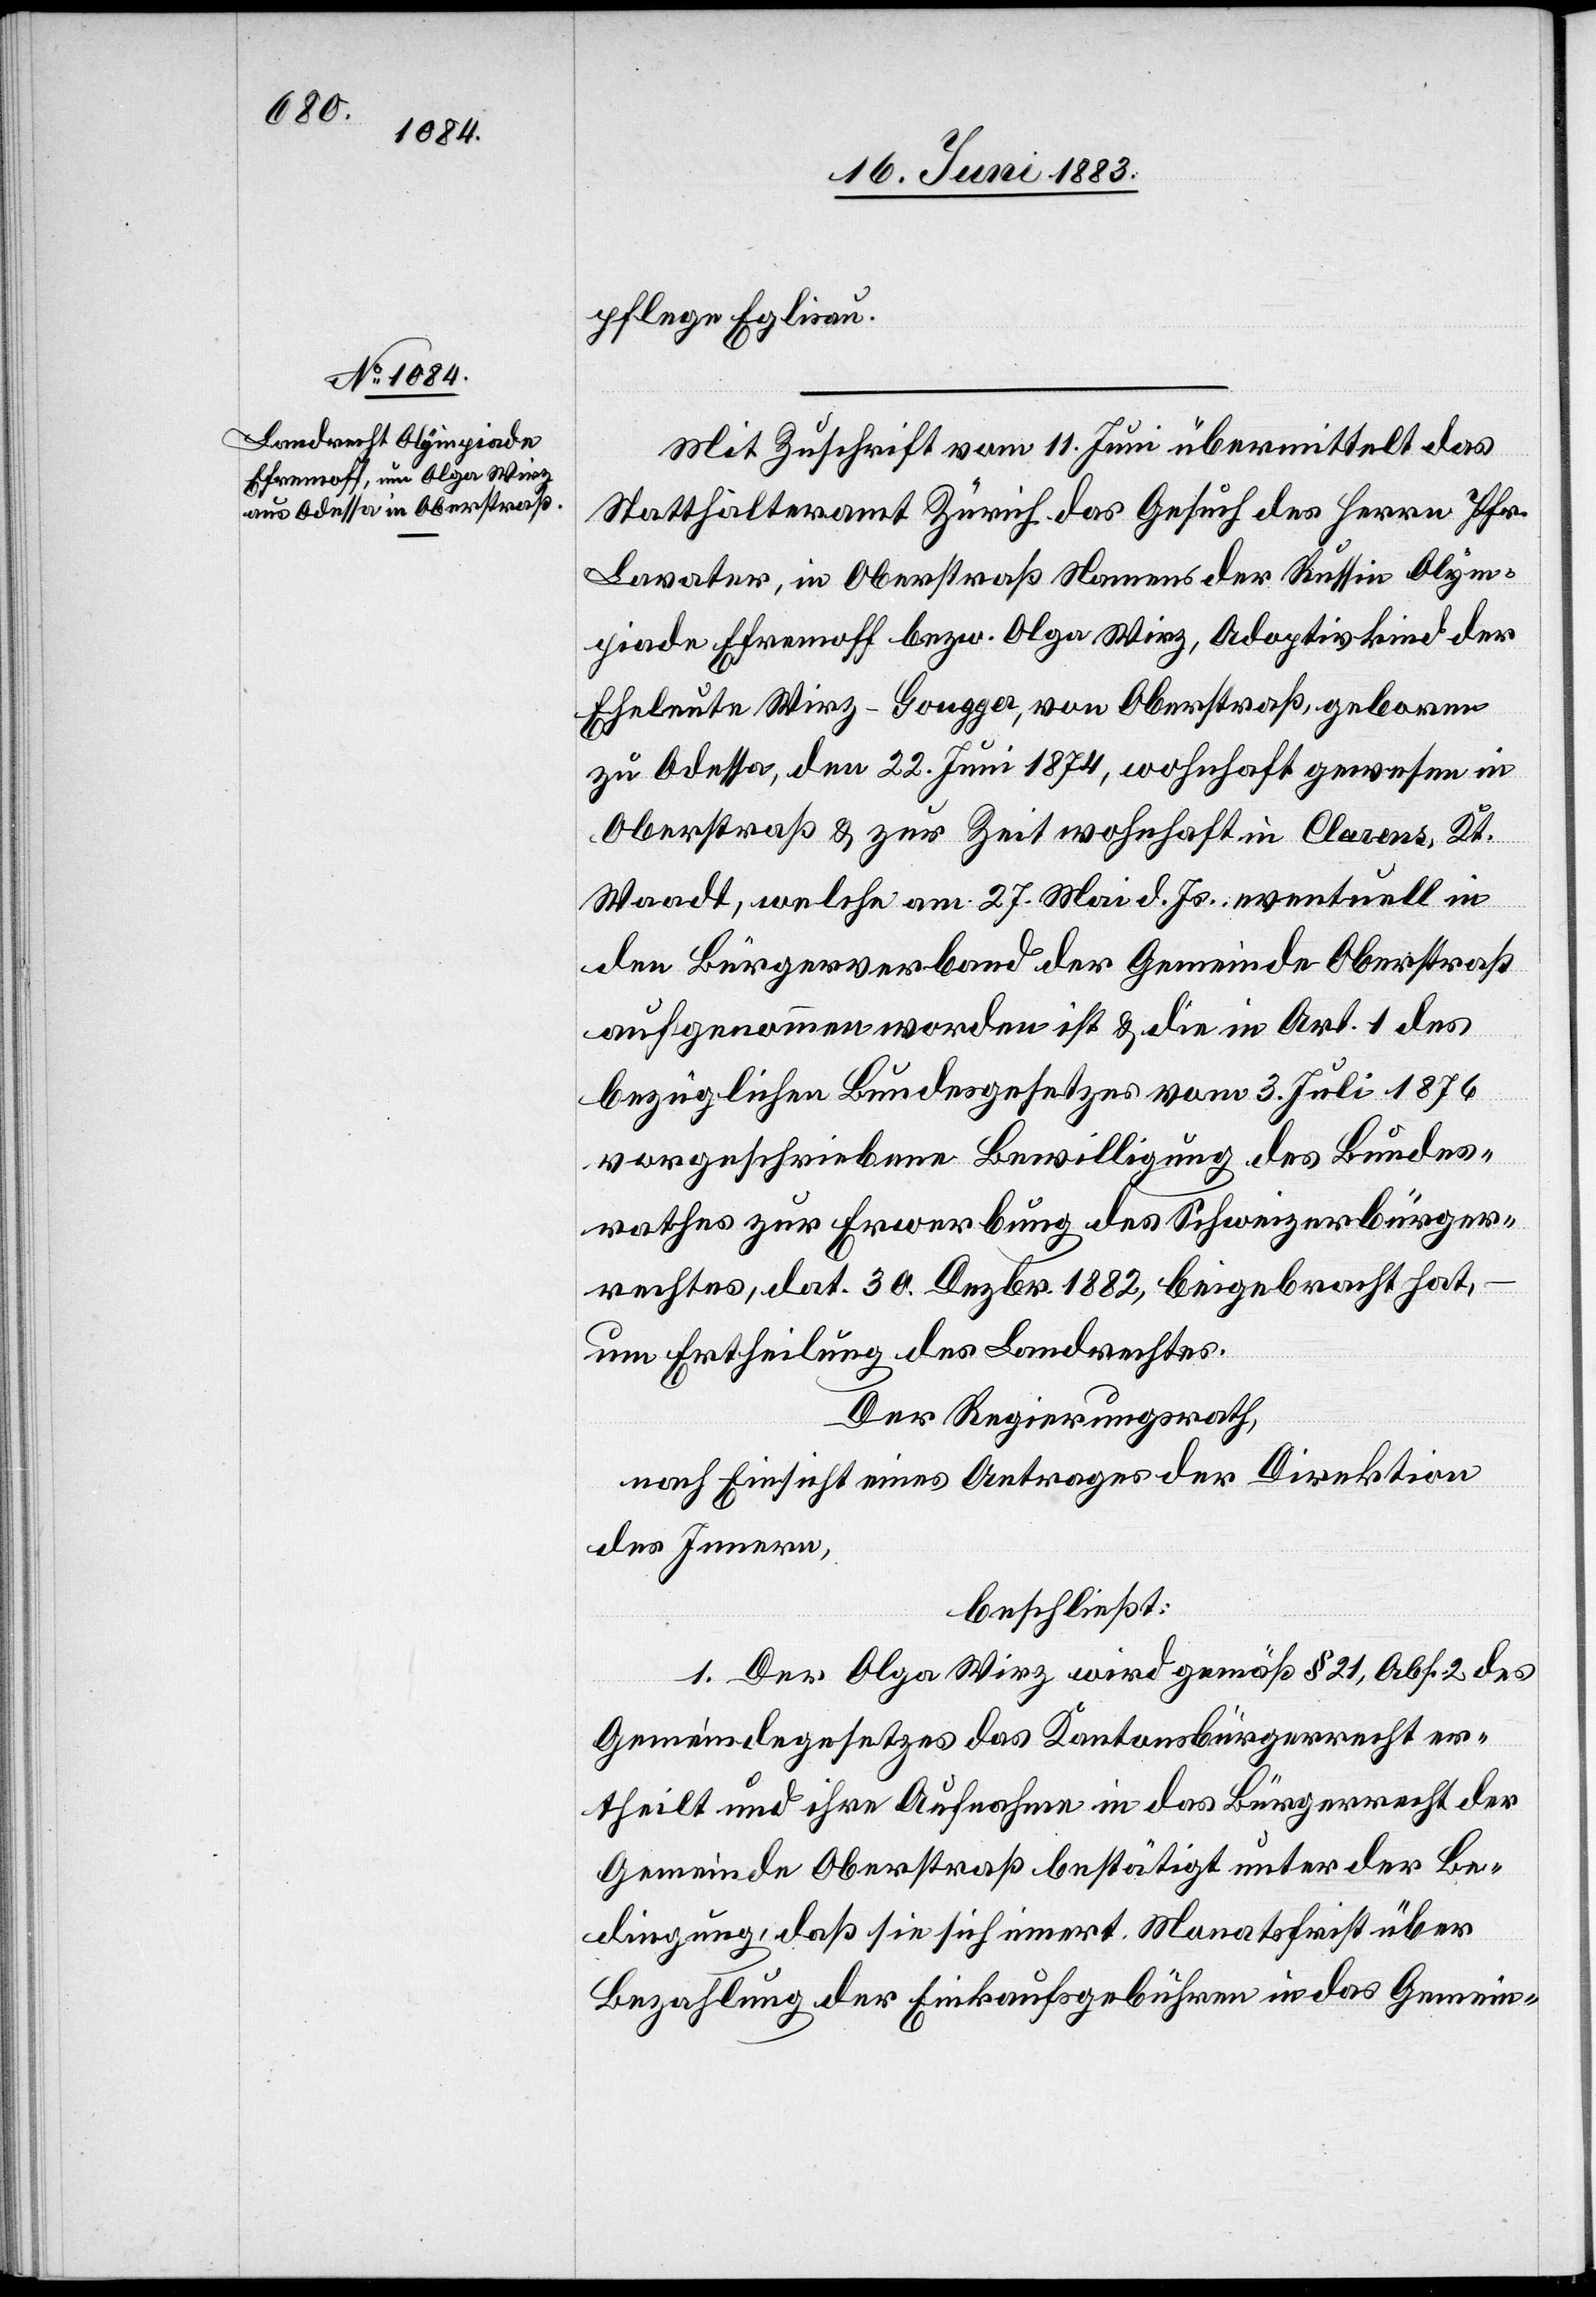
pflege Eglisau.
Mit Zuschrift vom 11. Juni übermittelt das
Statthalteramt Zürich das Gesuch des Herrn Pfr.
Lavater, in Oberstraß Namens der Russin Olym¬
piade Ehrenmoff bezw. Olga Wirz, Adoptivkind der
Eheleute Wirz-Gongger, von Oberstraß, geboren
zu Odessa, den 22. Juni 1874, wohnhaft gewesen in
Oberstraß & zur Zeit wohnhaft in Clarens, Kt.
Waadt, welche am 27. Mai d. Js. eventuell in
den Bürgerverband der Gemeinde Oberstraß
aufgenommen worden ist & die in Art. 1 des
bezüglichen Bundesgesetzes vom 3. Juli 1876
vorgeschriebene Bewilligung des Bundes¬
rathes zur Erwerbung des Schweizerbürger¬
rechtes, dat. 30. Dezbr. 1882, beigebracht hat,
um Ertheilung des Landrechtes.
Der Regierungsrath,
nach Einsicht eines Antrages der Direktion
des Innern,
beschließt:
1. Der Olga Wirz wird gemäß § 21, Abs. 2 des
Gemeindegesetzes das Kantonsbürgerrecht er¬
theilt und ihre Aufnahme in das Bürgerrecht der
Gemeinde Oberstraß bestätigt unter der Be¬
dingung, daß sie sich innert Monatsfrist über
Bezahlung der Einkaufsgebühren in das Gemein-